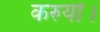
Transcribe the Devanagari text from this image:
करुयो।